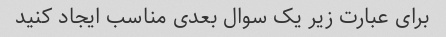
برای عبارت زیر یک سوال بعدی مناسب ایجاد کنید